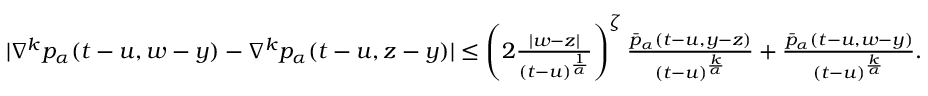
\begin{array} { r } { | \nabla ^ { k } p _ { \alpha } ( t - u , w - y ) - \nabla ^ { k } p _ { \alpha } ( t - u , z - y ) | \leq \left( 2 \frac { | w - z | } { ( t - u ) ^ { \frac { 1 } { \alpha } } } \right) ^ { \zeta } \frac { \bar { p } _ { \alpha } ( t - u , y - z ) } { ( t - u ) ^ { \frac { k } { \alpha } } } + \frac { \bar { p } _ { \alpha } ( t - u , w - y ) } { ( t - u ) ^ { \frac { k } { \alpha } } } . } \end{array}